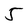
Character: 5